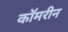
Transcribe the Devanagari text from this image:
कॉमरीन